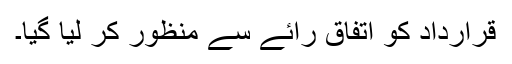
قرارداد کو اتفاق رائے سے منظور کر لیا گیا۔